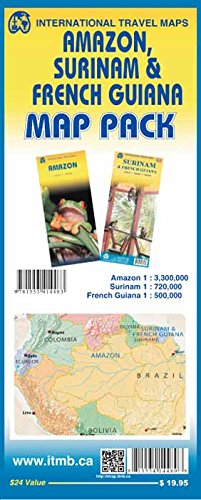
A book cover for Amazon, French Guiana and Surinam Map Pack; ITMB Publishing Ltd.; Travel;